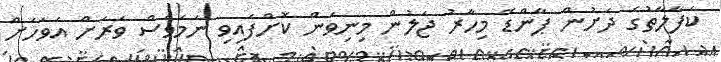
ކަފާލާތުގެ ދަށުން ޕާންޑޭ މިހާރު ޖަލުން މިނިވަން ކޮށްފައިވި ނަމަވެސް ވަރަށް އަވަހަށް